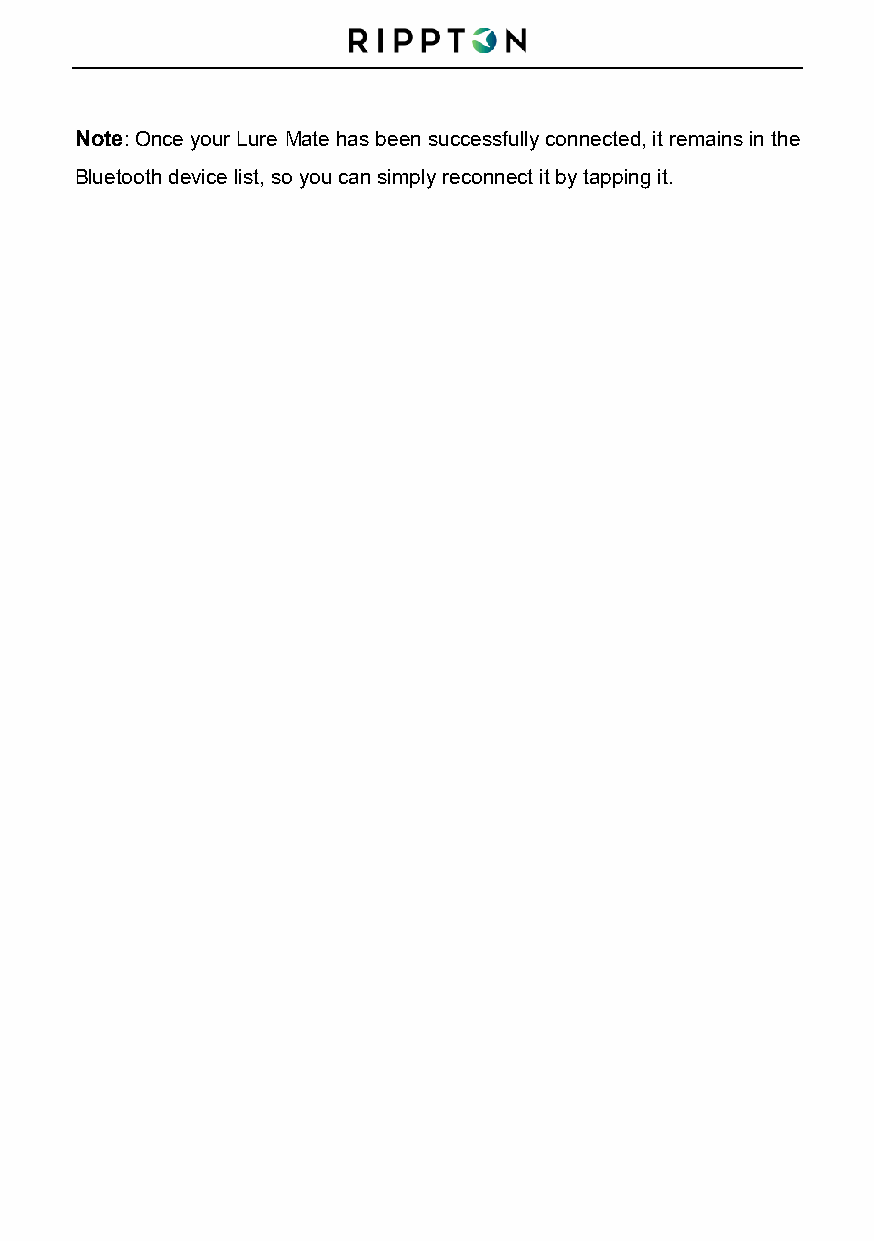
Note: Once your Lure Mate has been successfully connected, it remains in the
 Bluetooth device list, so you can simply reconnect it by tapping it.